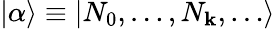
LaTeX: \vert\alpha\rangle\equiv\vert N_{0},\ldots,N_{\mathbf k},\ldots\rangle